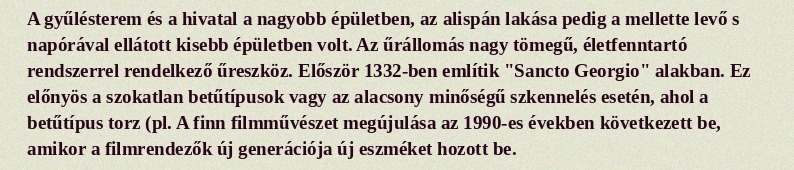
A gyűlésterem és a hivatal a nagyobb épületben, az alispán lakása pedig a mellette levő s napórával ellátott kisebb épületben volt. Az űrállomás nagy tömegű, életfenntartó rendszerrel rendelkező űreszköz. Először 1332-ben említik "Sancto Georgio" alakban. Ez előnyös a szokatlan betűtípusok vagy az alacsony minőségű szkennelés esetén, ahol a betűtípus torz (pl. A finn filmművészet megújulása az 1990-es években következett be, amikor a filmrendezők új generációja új eszméket hozott be.